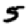
Digit: 5